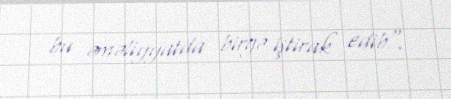
bu əməliyyatda birgə iştirak edib".